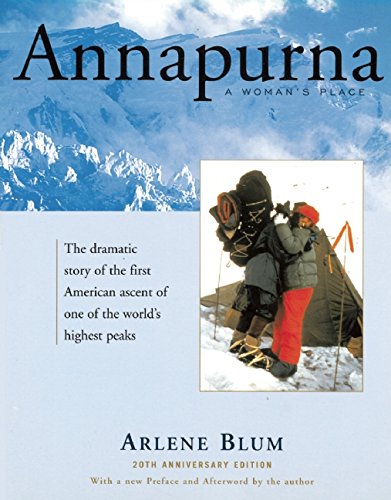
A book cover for Annapurna: A Woman's Place; Arlene Blum; Sports & Outdoors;